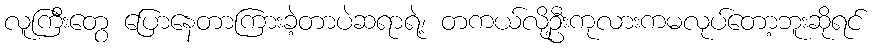
လူကြီးတွေ ပြောနေတာကြားခဲ့တာပဲဆရာရဲ့၊ တကယ်လို့ဦးကုလားကမလုပ်တော့ဘူးဆိုရင်